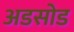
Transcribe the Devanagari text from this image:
अडसोड